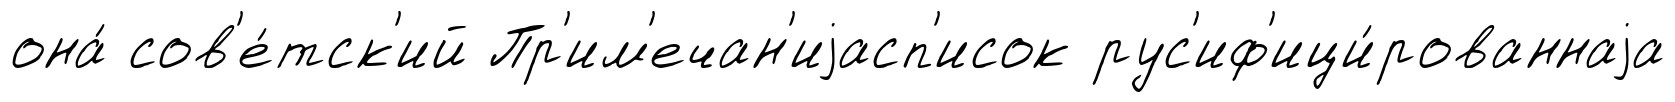
она́ сов'е́тск'ий Пр'им'ечан'иjасп'исок рус'иф'ици́рованнаjа